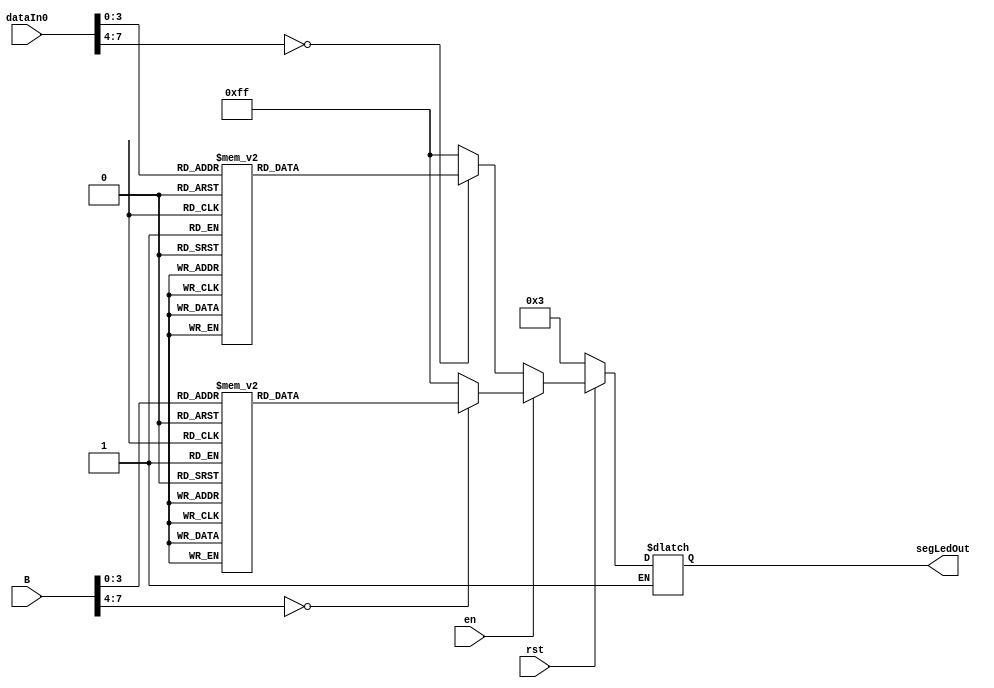
module seg7disp(rst,dataIn0, segLedOut,B,en);

input rst,en;
input [7:0] dataIn0;
input [7:0] B;
output [7:0] segLedOut;
reg [7:0] segLedOut;


always @(rst or dataIn0 or B)
begin
if(~rst)
	segLedOut = 8'h03;
else if(~en)
	begin
		case(dataIn0)
			8'h0: segLedOut = 8'h03;
			8'h1: segLedOut = 8'h9F;
			8'h2: segLedOut = 8'h25;
			8'h3: segLedOut = 8'h0D;
			8'h4: segLedOut = 8'h99;
			8'h5: segLedOut = 8'h49;
			8'h6: segLedOut = 8'h41;
			8'h7: segLedOut = 8'h1B;
			8'h8: segLedOut = 8'h01;
			8'h9: segLedOut = 8'h19;
			default:  segLedOut = 8'hFF;
		endcase
	end
else if (en)

	begin
		case(B)
			8'h0: segLedOut = 8'h03;
			8'h1: segLedOut = 8'h9F;
			8'h2: segLedOut = 8'h25;
			8'h3: segLedOut = 8'h0D;
			8'h4: segLedOut = 8'h99;
			8'h5: segLedOut = 8'h49;
			8'h6: segLedOut = 8'h41;
			8'h7: segLedOut = 8'h1B;
			8'h8: segLedOut = 8'h01;
			8'h9: segLedOut = 8'h19;
			default:  segLedOut = 8'hFF;
		endcase
	end
end
endmodule